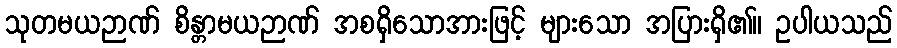
သုတမယဉာဏ် စိန္တာမယဉာဏ် အစရှိသောအားဖြင့် များသော အပြားရှိ၏။ ဥပါယသည်